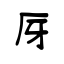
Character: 厊